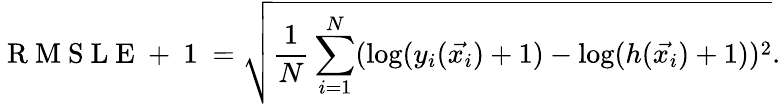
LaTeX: \mathrm{~R~M~S~L~E~+~1~}=\sqrt{\frac{1}{N}\sum_{i=1}^{N}(\log(y_{i}(\vec{x_{i}})+1)-\log(h(\vec{x_{i}})+1))^{2}}.